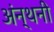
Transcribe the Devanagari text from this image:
अंन्थनी